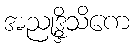
အညုဒ္ဒိသိကေ